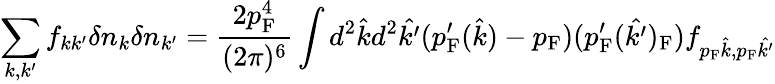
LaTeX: \sum_{k,k^{\prime}}f_{kk^{\prime}}\delta n_{k}\delta n_{k^{\prime}}={\frac{2p_{\mathrm{{F}}}^{4}}{(2\pi)^{6}}}\int d^{2}{\hat{k}}d^{2}{\hat{k^{\prime}}}(p_{\mathrm{{F}}}^{\prime}({\hat{k}})-p_{\mathrm{{F}}})(p_{\mathrm{{F}}}^{\prime}({\hat{k^{\prime}}})_{\mathrm{{F}}})f_{p_{\mathrm{{F}}}{\hat{k}},p_{\mathrm{{F}}}{\hat{k^{\prime}}}}